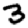
Digit: 3